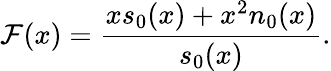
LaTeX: \mathcal{F}(x)={\frac{{xs_{0}(x)+x^{2}n_{0}(x)}}{{s_{0}(x)}}}.